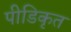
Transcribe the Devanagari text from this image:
पीडिकृत